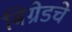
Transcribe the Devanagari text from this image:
बिग्रेडचे